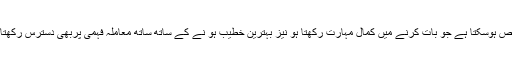
اور یقینا اس منصب کا لائق صرف وہی شخص ہوسکتا ہے جو بات کرنے میں کمال مہارت رکھتا ہو نیز بہترین خطیب ہو نے کے ساتھ ساتھ معاملہ فہمی پربھی دسترس رکھتا ہو اور آپ ان دونوں صفات کے جامع تھے۔